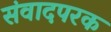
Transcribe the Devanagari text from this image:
संवादपरक